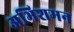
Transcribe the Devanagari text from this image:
अभिशमन